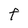
Character: f